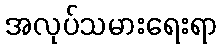
အလုပ်သမားရေးရာ